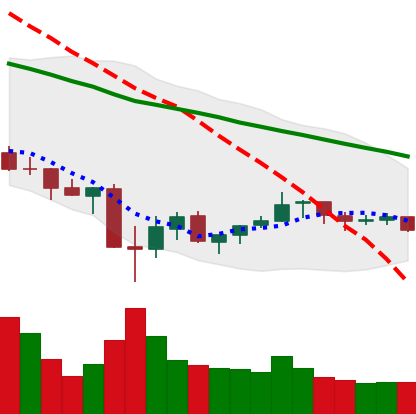
Ticker: XLM-USD
Chart end date: 2021-07-05
Forward return: -3.592%
Label: down_3_5